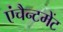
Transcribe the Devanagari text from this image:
एंचैन्टमेंट